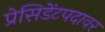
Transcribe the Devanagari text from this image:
प्रेसिडेंटपदावर